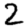
Digit: 2